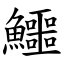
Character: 鱷